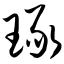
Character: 琢